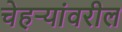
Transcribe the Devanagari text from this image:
चेहर्‍यांवरील